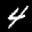
Label: 4